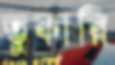
তুকারি